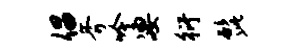
倡斧吟凄衍髭